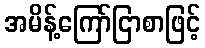
အမိန့်ကြော်ငြာစာဖြင့်